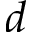
d